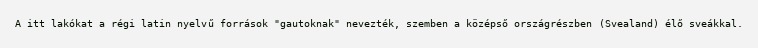
A itt lakókat a régi latin nyelvű források "gautoknak" nevezték, szemben a középső országrészben (Svealand) élő sveákkal.